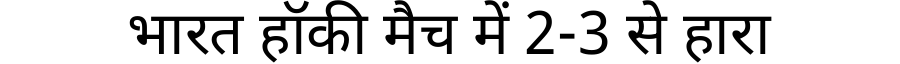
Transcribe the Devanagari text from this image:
भारत हॉकी मैच में 2-3 से हारा